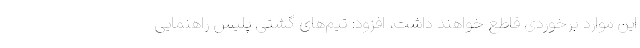
این موارد برخوردی قاطع خواهند داشت، افزود: تیم‌های گشتی پلیس راهنمایی